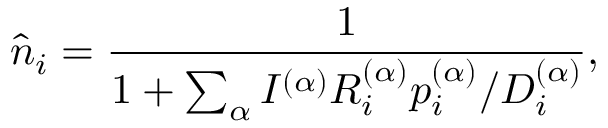
\hat { n } _ { i } = \frac { 1 } { 1 + \sum _ { \alpha } I ^ { ( \alpha ) } R _ { i } ^ { ( \alpha ) } p _ { i } ^ { ( \alpha ) } / D _ { i } ^ { ( \alpha ) } } ,